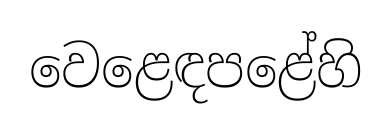
වෙළෙඳපළේහි